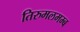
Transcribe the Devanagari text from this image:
तिरुमलमम्ब